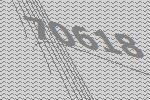
70618